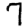
Digit: 7